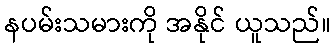
နပမ်းသမားကို အနိုင် ယူသည်။